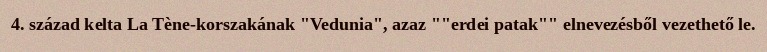
4. század kelta La Tène-korszakának "Vedunia", azaz ""erdei patak"" elnevezésből vezethető le.